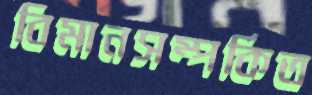
বিমানসম্পর্কিত